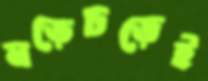
নড়েচড়েই